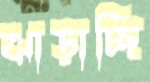
ঝাড়াচ্ছি